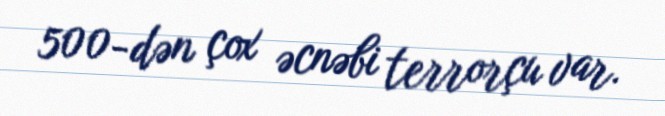
500-dən çox əcnəbi terrorçu var.